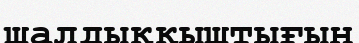
шалдыққыштығын